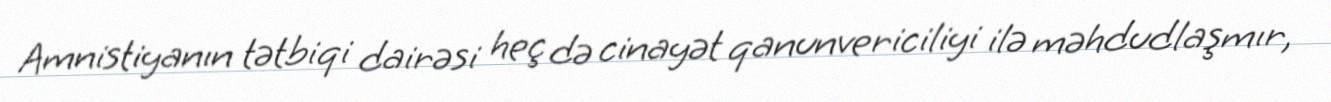
Amnistiyanın tətbiqi dairəsi heç də cinayət qanunvericiliyi ilə məhdudlaşmır,